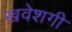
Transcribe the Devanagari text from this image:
खवेशगी